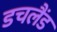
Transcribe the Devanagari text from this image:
डचलैंड